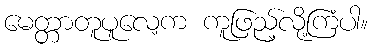
မေတ္တာတူပူလေ့က ကူဖြည့်လို့ကြံပါ။